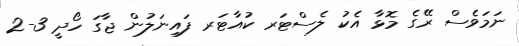
ނަމަވެސް ރޭގެ މޮޅާ އެކު ލެސްޓަރ ކުއާޓަރ ފައިނަލުން ޖާގަ ހޯދީ 3-2